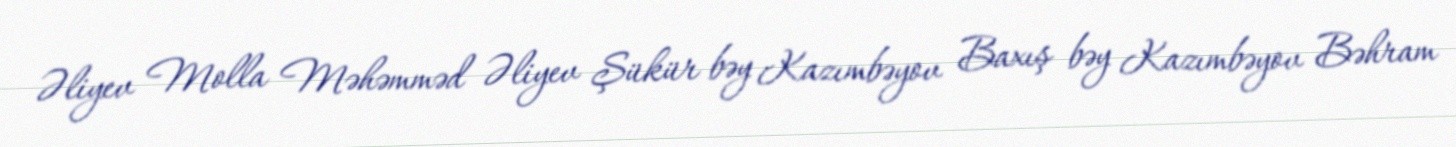
Əliyev Molla Məhəmməd Əliyev Şükür bəy Kazımbəyov Baxış bəy Kazımbəyov Bəhram